Scottish Leaving Certificate Examination, 1958
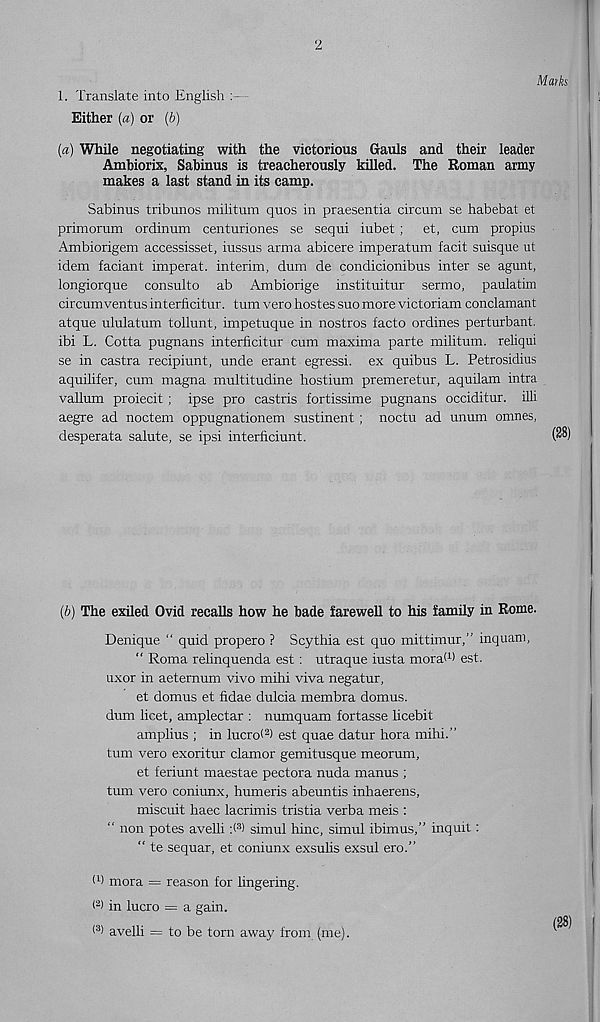
2
1. Translate into English : -
Either (a) or (b)
Marks
(a) While negotiating with the victorious Gauls and their leader
Amhiorix, Sabinus is treacherously killed. The Roman army
makes a last stand in its camp.
Sabinus tribunes militum quos in praesentia circum se habebat et
primorum ordinum centuriones se sequi iubet ; et, cum propius
Ambiorigem accessisset, iussus arma abicere imperatum facit suisque ut
idem faciant imperat. interim, dum de condicionibus inter se agunt,
longiorque consulto ab Ambiorige instituitur sermo, paulatim
circumventus interficitur. turn vero hostes suo more victoriam conclamant
atque ululatum tollunt, impetuque in nostros facto ordines perturbant.
ibi L. Cotta pugnans interficitur cum maxima parte militum. reliqui
se in castra recipiunt, unde erant egressi. ex quibus L. Petrosidius
aquilifer, cum magna multitudine hostium premeretur, aquilam intra
vallum proiecit ; ipse pro castris fortissimo pugnans occiditur. illi
aegre ad noctem oppugnationem sustinent; noctu ad unum omnes,
desperata salute, se ipsi interficiunt.
(28)
(b) The exiled Ovid recalls how he bade farewell to his family in Rome.
Denique “ quid propero ? Scythia est quo mittimur,” inquam,
“ Roma relinquenda est : utraque iusta moral 1 * est.
uxor in aeternum vivo mihi viva negatur,
et domus et fidae dulcia membra domus.
dum licet, amplectar : numquam fortasse licebit
amplius ; in lucro< 2 ) est quae datur hora mihi.’’
turn vero exoritur clamor gemitusque meorum,
et feriunt maestae pectora nuda manus ;
turn vero coniunx, humeris abeuntis inhaerens,
miscuit haec lacrimis tristia verba meis :
“ non potes avelli :( 3 ) simul hinc, simul ibimus,” inquit :
“ te sequar, et coniunx exsulis exsul ero.”
(I mora = reason for lingering.
< 2 ) in lucro = a gain.
< 3 ) avelli = to be torn away from (me).